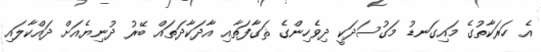
އެ ހަރަކާތުގެ މައިގަނޑު މަގުސަދަކީ ދިވެހިންގެ ޘަގާފަތާއި އާދަކާދަތައް ބޭރު ދުނިޔެއަށް ދައްކާލައި